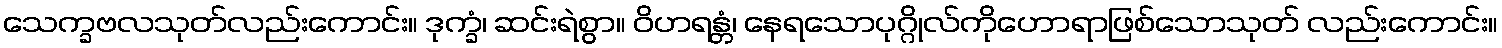
သေက္ခဗလသုတ်လည်းကောင်း။ ဒုက္ခံ၊ ဆင်းရဲစွာ။ ဝိဟရန္တံ၊ နေရသောပုဂ္ဂိုလ်ကိုဟောရာဖြစ်သောသုတ် လည်းကောင်း။